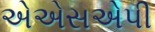
એએસએપી